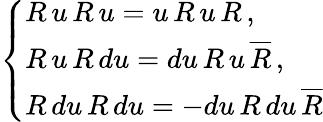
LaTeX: \left\{ \begin{array}{l}{{R\, u\, R\, u=u\, R\, u\, R\, ,}}\\ {{R\, u\, R\, du=du\, R\, u\, \overline{{{R}}}\, ,}}\\ {{R\, du\, R\, du=-du\, R\, du\, \overline{{{R}}}}}\end{array}\right.